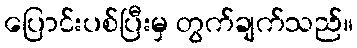
ပြောင်းပစ်ပြီးမှ တွက်ချက်သည်။